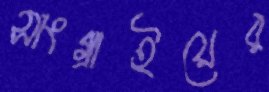
সাংগ্রাইয়ের